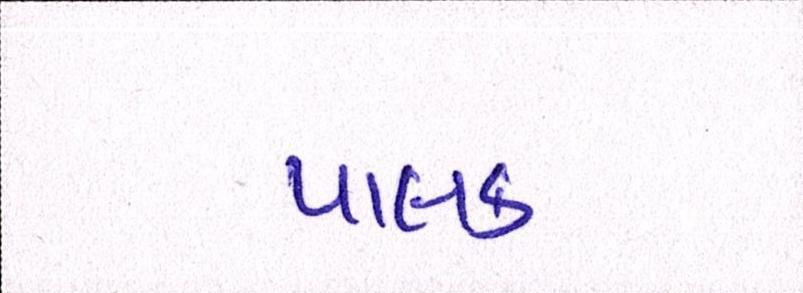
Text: પાલક